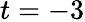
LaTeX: t=-3